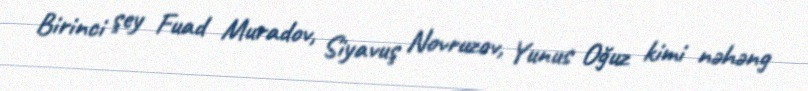
Birinci şey Fuad Muradov, Siyavuş Novruzov, Yunus Oğuz kimi nəhəng